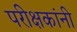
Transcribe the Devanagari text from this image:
परीक्षकांनी